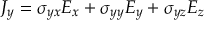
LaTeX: J _ { y } = \sigma _ { y x } E _ { x } + \sigma _ { y y } E _ { y } + \sigma _ { y z } E _ { z }